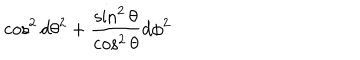
LaTeX: \cos ^ { 2 } d \theta ^ { 2 } + { \frac { \sin ^ { 2 } \theta } { \cos ^ { 2 } \theta } } d \phi ^ { 2 }